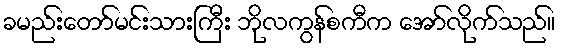
ခမည်းတော်မင်းသားကြီး ဘိုလကွန်စကီက အော်လိုက်သည်။